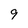
Character: 9